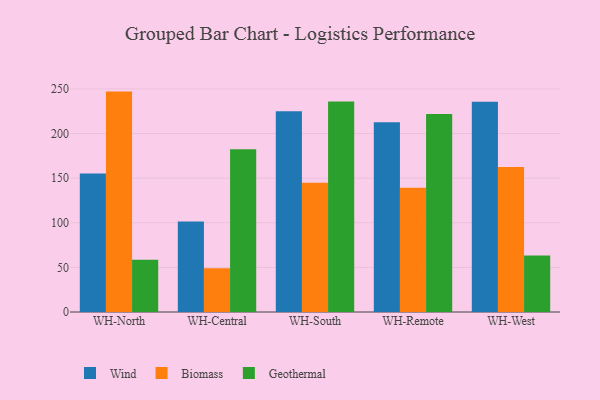
{"axis": {"x": "Warehouse", "y": "Gross Profit (USD K)"}, "legend": ["Biomass", "Geothermal", "Wind"], "data": [{"x": "WH-North", "y": 155.2, "type": "Wind"}, {"x": "WH-North", "y": 247.0, "type": "Biomass"}, {"x": "WH-North", "y": 58.6, "type": "Geothermal"}, {"x": "WH-Central", "y": 101.4, "type": "Wind"}, {"x": "WH-Central", "y": 48.9, "type": "Biomass"}, {"x": "WH-Central", "y": 182.3, "type": "Geothermal"}, {"x": "WH-South", "y": 224.9, "type": "Wind"}, {"x": "WH-South", "y": 144.9, "type": "Biomass"}, {"x": "WH-South", "y": 235.8, "type": "Geothermal"}, {"x": "WH-Remote", "y": 212.6, "type": "Wind"}, {"x": "WH-Remote", "y": 139.3, "type": "Biomass"}, {"x": "WH-Remote", "y": 221.8, "type": "Geothermal"}, {"x": "WH-West", "y": 235.6, "type": "Wind"}, {"x": "WH-West", "y": 162.5, "type": "Biomass"}, {"x": "WH-West", "y": 63.3, "type": "Geothermal"}]}